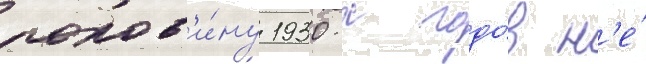
полов'и́ну 1930-х годо́в н'е́